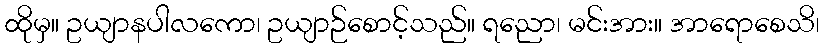
ထိုမှ။ ဥယျာနပါလကော၊ ဥယျာဉ်စောင့်သည်။ ရညော၊ မင်းအား။ အာရောစေသိ၊